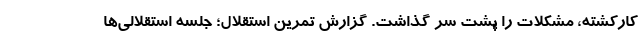
کارکشته، مشکلات را پشت سر گذاشت. گزارش تمرین استقلال؛ جلسه استقلالی‌ها